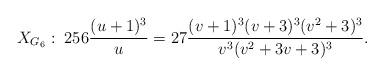
LaTeX: \begin{align*} X_{G_6} : \; 256 \frac{(u+1)^3}{u} = 27 \frac{(v+1)^3(v+3)^3(v^2+3)^3}{v^3(v^2+3v+3)^3} .\end{align*}